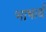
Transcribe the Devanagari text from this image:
भाषार्थ